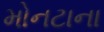
મોનટાના